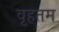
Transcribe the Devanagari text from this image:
वृहतम